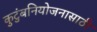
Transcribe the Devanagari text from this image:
कुटुंबनियोजनासाठी